Leprosy in India: report of the Leprosy Commission in India, 1890-91
Year: 1890
Disease focus: Leprosy
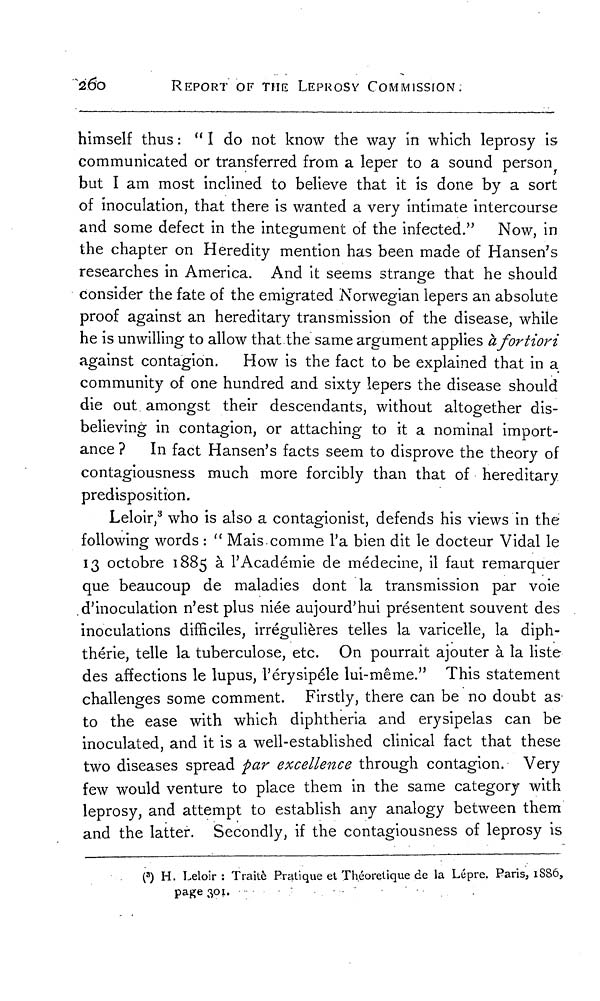
260
REPORT OF THE LEPROSY COMMISSION.
himself thus : " I do not know the way in which leprosy is
communicated or transferred from a leper to a sound person
but I am most inclined to believe that it is done by a sort
of inoculation, that there is wanted a very intimate intercourse
and some defect in the integument of the infected." Now, in
the chapter on Heredity mention has been made of Hansen's
researches in America. And it seems strange that he should
consider the fate of the emigrated Norwegian lepers an absolute
proof against an hereditary transmission of the disease, while
he is unwilling to allow that the same argument applies à fortiori
against contagion. How is the fact to be explained that in a
community of one hundred and sixty lepers the disease should
die out amongst their descendants, without altogether dis-
believing in contagion, or attaching to it a nominal import-
ance ? In fact Hansen's facts seem to disprove the theory of
contagiousness much more forcibly than that of hereditary
predisposition.
Leloir, 3 who is also a contagionist, defends his views in the
following words : " Mais comme l'a bien dit le docteur Vidal le
13 octobre 1885 à l'Académie de médecine, il faut remarquer
que beaucoup de maladies dont la transmission par voie
d'inoculation n'est plus niée aujourd'hui présentent souvent des
inoculations difficiles, irrégulières telles la varicelle, la diph-
thérie, telle la tuberculose, etc. On pourrait ajouter à la liste
des affections le lupus, l'érysipéle lui-même." This statement
challenges some comment. Firstly, there can be no doubt as
to the ease with which diphtheria and erysipelas can be
inoculated, and it is a well-established clinical fact that these
two diseases spread par excellence through contagion. Very
few would venture to place them in the same category with
leprosy, and attempt to establish any analogy between them
and the latter. Secondly, if the contagiousness of leprosy is
( 3 ) H. Leloir: Traitè Pratique et Théorelique de la Lépre. Paris, 1886,
page 301.